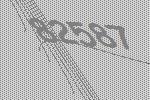
82587